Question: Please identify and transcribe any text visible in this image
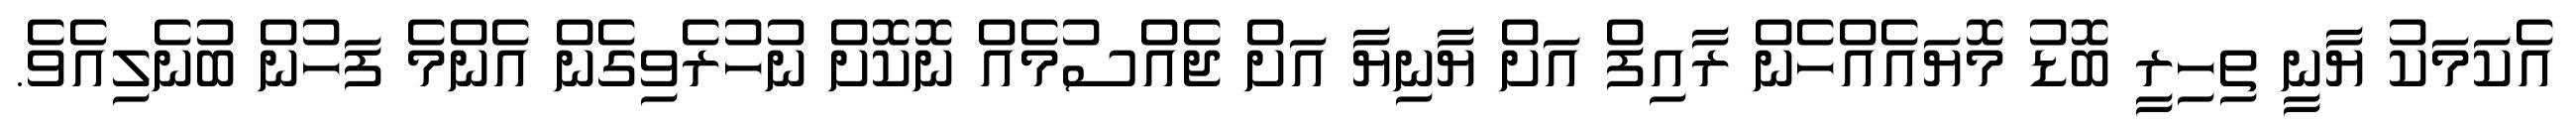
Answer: އެކަމަކު ޔާނީ ތިހިރީ ބޮޑު މޮޔައެއްހެން ރާއިފް އަށް ޔާނިޔާ އަށް ޖެއްސުމެއް ނޮކޮށް ނުހުރެވިގެން އެންމެ ފަހުން ބުނެލިއެވެ.